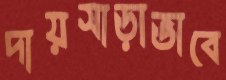
দায়সাড়াভাবে